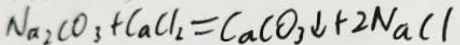
N a _ { 2 } C O _ { 3 } + C a C l _ { 2 } = C a C O _ { 3 } \downarrow + 2 N a C l